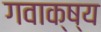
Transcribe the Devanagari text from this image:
गवाक्ष्य